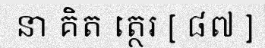
នា គិត ត្ថេរ [ ៨៧ ]